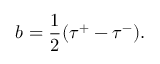
b = \frac 1 2 ( \tau ^ { + } - \tau ^ { - } ) .